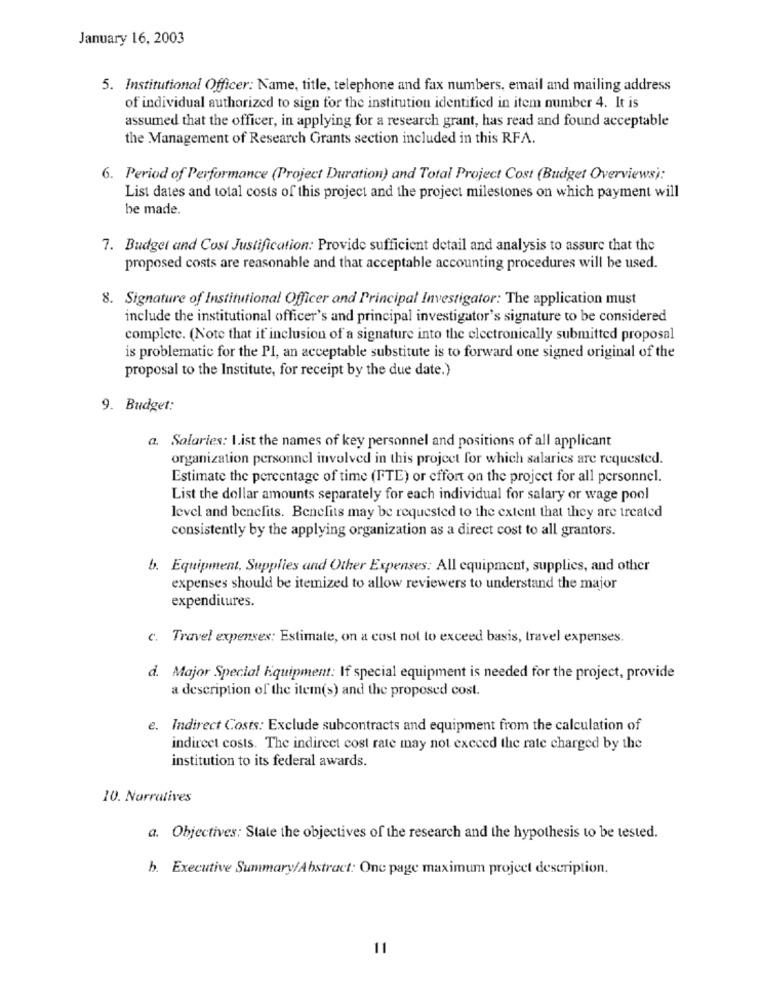
January 16, 2003
5. Institutional Officer: Name, title, telephone and fax numbers, email and mailing address
of individual authorized to sign for the institution identified in item number 4. It is
assumed that the officer, in applying for a research grant, has read and found acceptable
the Management of Research Grants section included in this RFA.
6. Period of Performance (Project Duration) and Total Project Cost (Budget Overviews):
List dates and total costs of this project and the project milestones on which payment will
be made.
7. Budget and Cost Justification: Provide sufficient detail and analysis to assure that the
proposed costs are reasonable and that acceptable accounting procedures will be used.
8. Signature of Institutional Officer and Principal Investigator: The application must
include the institutional officer's and principal investigator's signature to be considered
complete. (Note that if inclusion of a signature into the electronically submitted proposal
is problematic for the PI, an acceptable substitute is to forward one signed original of the
proposal to the Institute, for receipt by the due date.)
9. Budget:
a. Salaries: I.ist the names of key personnel and positions of all applicant
organization personnel involved in this project for which salaries are requested.
Estimate the percentage of time (FTE) or effort on the project for all personnel.
List the dollar amounts separately for each individual for salary or wage pool
level and benefits. Benefits may be requested to the extent that they are treated
consistently by the applying organization as a direct cost to all grantors.
b. Equipment, Supplies and Other Expenses: All equipment, supplies, and other
expenses should be itemized to allow reviewers to understand the major
expenditures.
c. Travel expenses: Estimate, on a cost not to exceed basis, travel expenses.
d. Major Special Equipment: If special equipment is needed for the project, provide
a description of the item(s) and the proposed cost.
e. Indirect Costs: Exclude subcontracts and equipment from the calculation of
indirect costs. The indirect cost rate may not exceed the rate charged by the
institution to its federal awards.
10. Narratives
a. Objectives: State the objectives of the research and the hypothesis to be tested.
b. Executive Summary/Abstract: One page maximum project description.
11